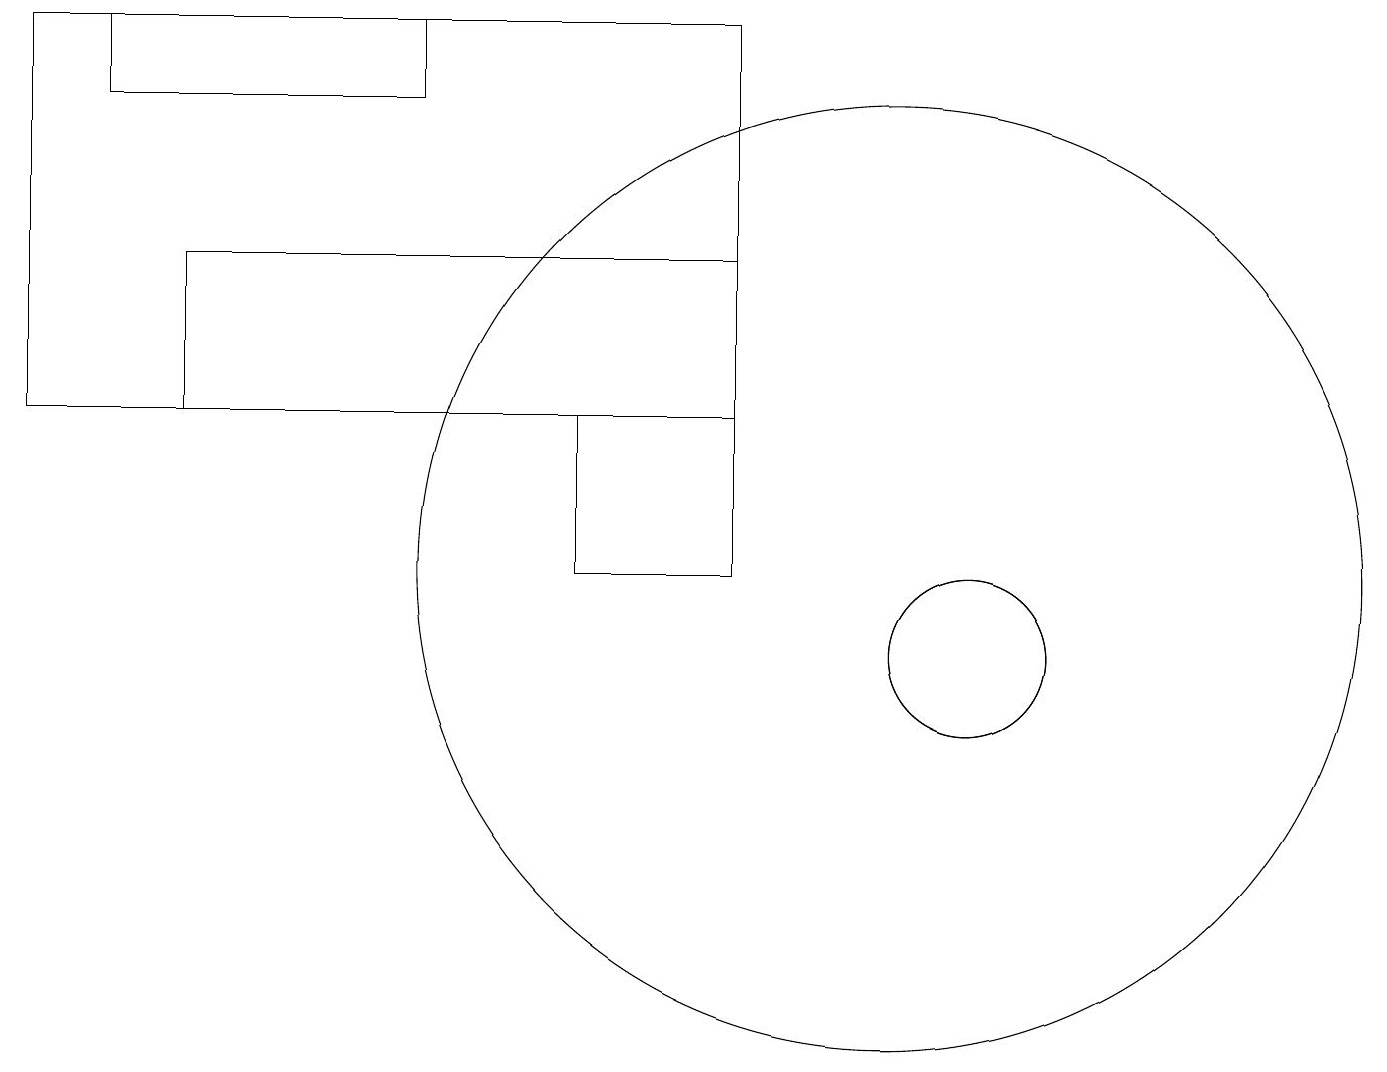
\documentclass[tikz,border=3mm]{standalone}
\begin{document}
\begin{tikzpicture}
\draw (9,13) rectangle (2,15);
\draw (5,18) rectangle (1,17);
\draw (9,18) rectangle (0,13);
\draw (9,13) rectangle (7,11);
\draw (12,10) circle (1);
\draw (12,10) circle (1);
\draw (11,11) circle (6);
\draw (12,11) circle (0);
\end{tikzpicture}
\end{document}